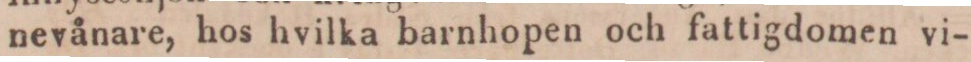
nevånare, hos hvilka barnhopen och fattigdomen vi-